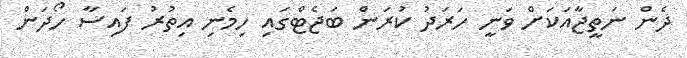
ދެން ނަތީޖާއަކަށް ވަނީ ހަރަދު ކުރަން ބަޖެޓްގައި ހިމެނި އިތުރު ފައިސާ ހޯދަން